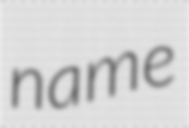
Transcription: name